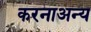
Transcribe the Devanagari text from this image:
करनाअन्य